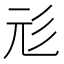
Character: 𢒇